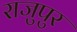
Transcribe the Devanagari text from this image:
राजुपुर